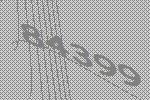
84399